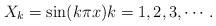
LaTeX: \begin{align*} X_{k}=\sin(k \pi x) k=1,2,3,\cdots.\end{align*}